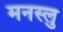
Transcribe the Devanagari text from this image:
मनस्लु